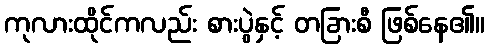
ကုလားထိုင်ကလည်း စားပွဲနှင့် တခြားစီ ဖြစ်နေ၏။